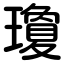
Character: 瓊